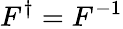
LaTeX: F^{\dagger}=F^{-1}